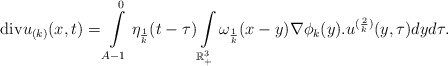
\begin{align*}{\rm div}u_{(k)}(x,t)= \int\limits_{A-1}^{0}\eta_{\frac{1}{k}}(t-\tau)\int\limits_{\mathbb{R}^{3}_{+}}\omega_{\frac{1}{k}}(x-y)\nabla\phi_{k}(y).u^{(\frac{2}{k})}(y,\tau)dyd\tau.\end{align*}